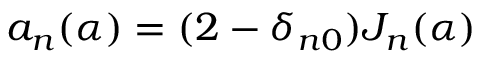
a _ { n } ( \alpha ) = ( 2 - \delta _ { n 0 } ) J _ { n } ( \alpha )